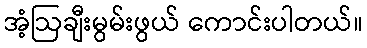
အံ့ဩချီးမွမ်းဖွယ် ကောင်းပါတယ်။